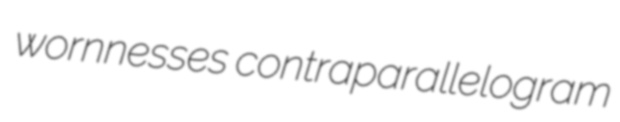
wornnesses contraparallelogram